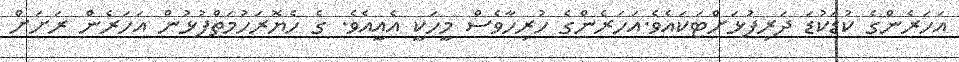
އަހަރެންގެ ކުޑަކުޑަ ދަރިފުޅަށްޓަކައެވެ.އަހަރެންގެ ހުރިހާވެސް މީހަކީ އެއީއެވެ. ގެ ހެޔޮރަހުމަތްފުޅުން އަހަރެން ރަށަށް